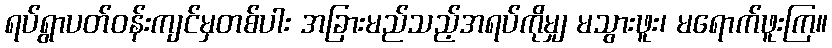
ရပ်ရွာပတ်ဝန်းကျင်မှတစ်ပါး အခြားမည်သည့်အရပ်ကိုမျှ မသွားဖူး၊ မရောက်ဖူးကြ။